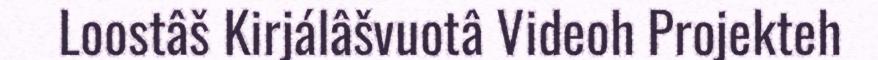
Loostâš Kirjálâšvuotâ Videoh Projekteh